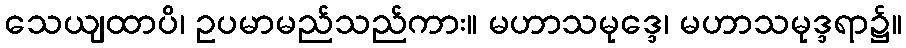
သေယျထာပိ၊ ဥပမာမည်သည်ကား။ မဟာသမုဒ္ဒေ၊ မဟာသမုဒ္ဒရာ၌။